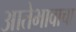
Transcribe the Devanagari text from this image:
आतेभावाचा